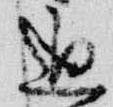
通